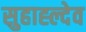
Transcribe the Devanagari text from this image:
सुहाह्ल्देव